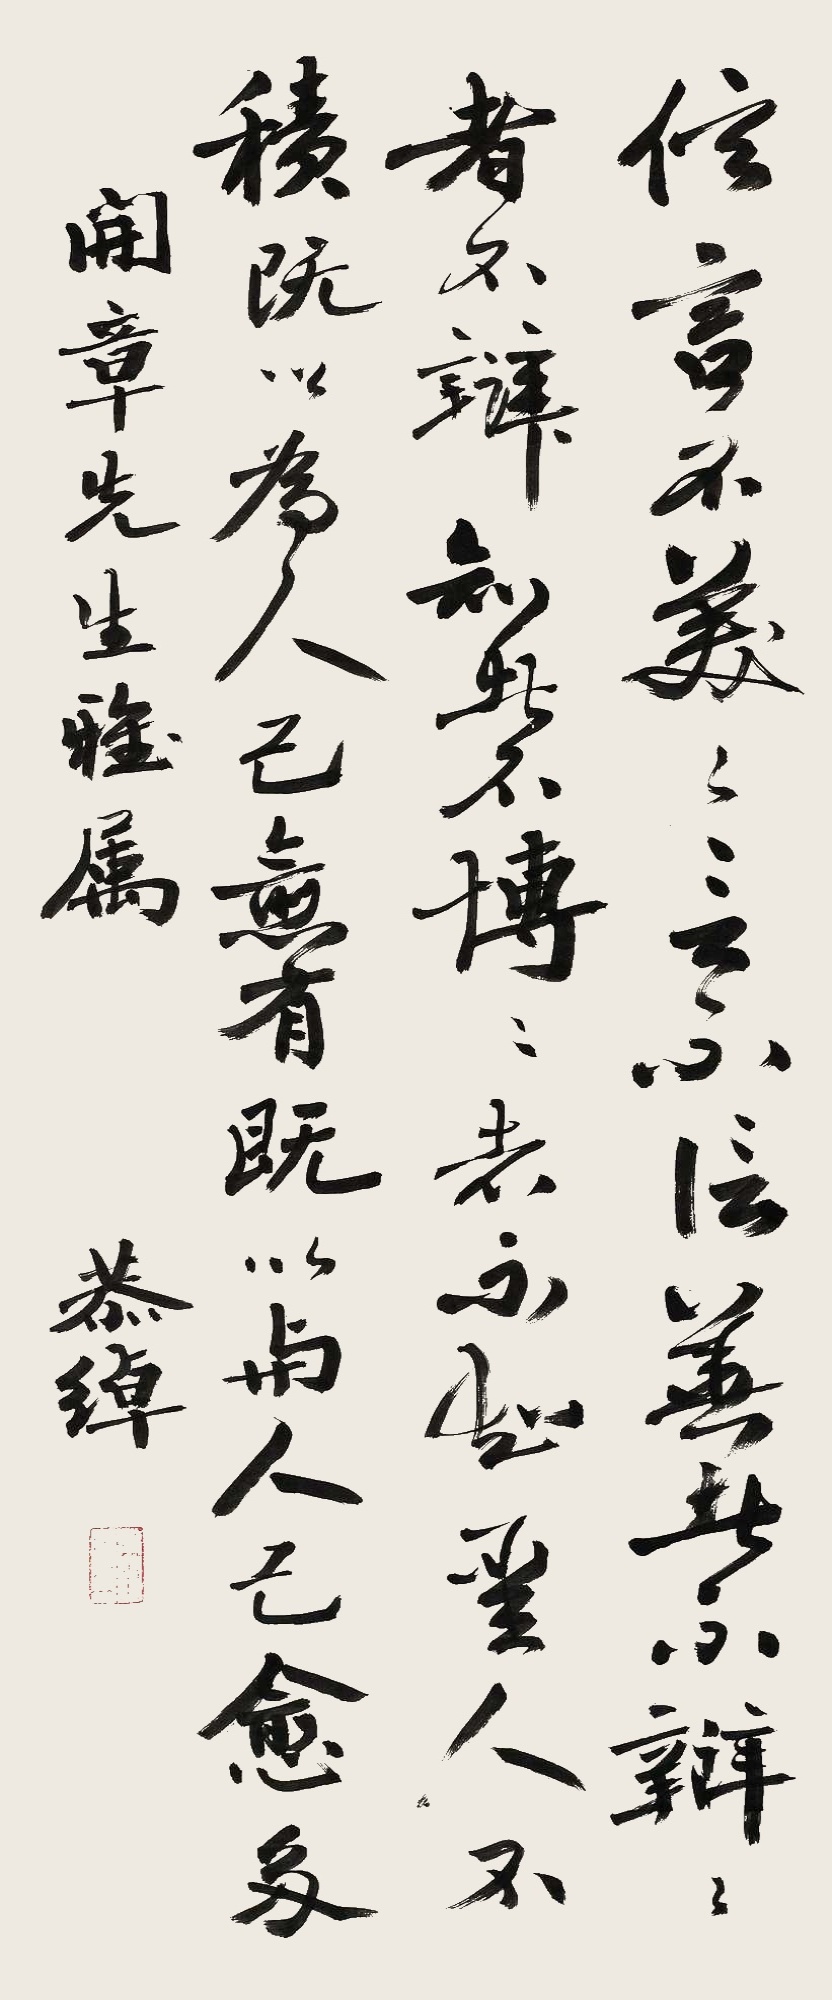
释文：信言不美，美言不信。善者不辩，辩者不善。知者不博，博者不知。圣人不积，既以为人己愈有，既以与人己愈多。开章先生雅属，恭绰。